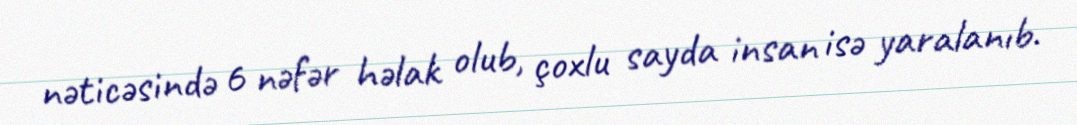
nəticəsində 6 nəfər həlak olub, çoxlu sayda insan isə yaralanıb.